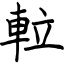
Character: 𨋢